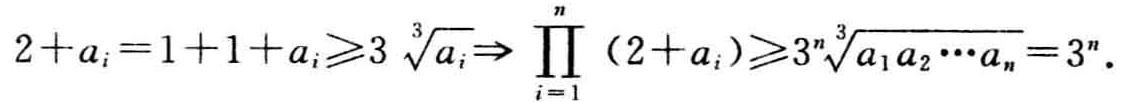
\[2 + a_{i}=1 + 1 + a_{i}\geqslant3\sqrt[3]{a_{i}}\Rightarrow\prod_{i = 1}^{n}(2 + a_{i})\geqslant3^{n}\sqrt[3]{a_{1}a_{2}\cdots a_{n}} = 3^{n}.\]